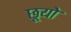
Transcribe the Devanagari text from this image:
छूयो